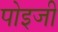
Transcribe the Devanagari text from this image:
पोइजी